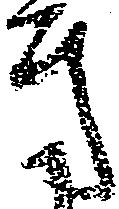
方